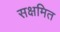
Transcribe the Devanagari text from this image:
सक्षमित